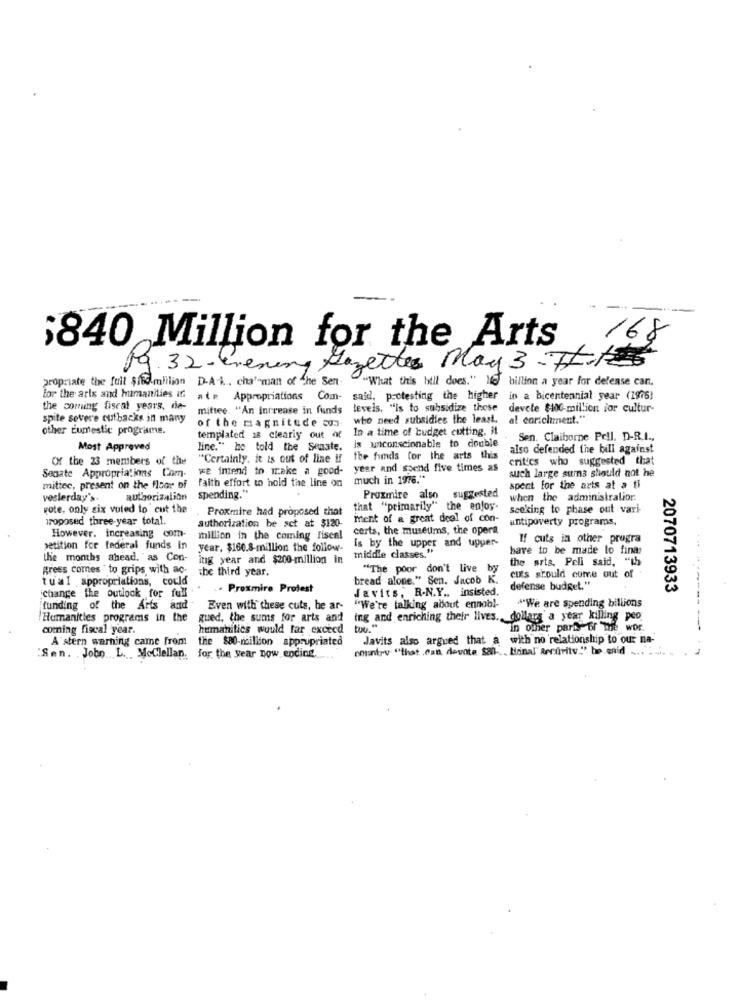
-
168
$840 Million for the Arts
19. 32- evening Gazettes May 3-711
propriate the full Sind million D-A-A. cha-man of The Sen ...
"What this hill does." Med bilion a year for delease can,
for the arts and humanities if
Appropriations
Com- said, protesting the higher in a bicentennial year (1976)
the coming fiscal years, de-
mittee. "An Increase in funds
levels. "is to subsidize these devete $100-million for cultur-
spite severe cutbacks in many
who need subsidies the least. al enrichment."
other cumestic programs.
of the magnitude con-
In a time of budget cutting. #
templated 18 clearly out of
Sen. Claiborne Pril. D-R.I .,
Most Approved
line." he told the Senate.
is unconscionable to double
also defended the bill against
OX the 23 members of the
"Certainly. it is out of line if
the funds for the arts this
critics who suggested that
we intend to make a good-
year and spend five times as
Segate Appropriations Com-
faith effort to hold the line on much in 1976."
such large sums should not he
mittec, present on the floor of
spent for the arts at a ti
vesterday's.
authorization
spending."
Proxmire also suggested
when the administralior.
vote, only six voted to cut the
Proxmire had proposed that
that "primarily" the enjoy-
seeking to phase out vari
proposed three-year total.
ment of a great deal of con-
untipoverty programs.
authorization be sct at $120-
certs, the museums, the opera
However, increasing com-
million in the coming Fiscal
is by the upper and upper-
If cuts in other progra
petition for federal funds in
year. $160.8-million the follow-
have to be made lo finas
the months ahead. "as Con-
ing year and $200-million in
middle classes."
the arts. Pell said, "th
gress comes " to grips with ac-
The third year.
"The poor don't Live by
tual appropriations, could
bread alone." Sen. Jacob K.
cuts should come out of
.. Proxmire Protest
Javits, R-N.Y .. insisted.
defense budget."
2070713933
change the outlook for full
-- ------
funding of the Arts and Even with these cuts, he ar-
"We're talking allout ennobl-
** We are spending billions
Humanities programs in the
gued, the sums for arts and ing and enriching their lives. dollars' a year killing peo
coming fiscal year.
humanitics would far exceed
in other party of The wor.
-
A'stern warning came from
the $80-million appropriated
Javits also argued that a with no relationship to our na-
country "that .can devote sol .. tiina!" Arrivitv."' be enid .... .
Sen. John L. MoClellan.
for the year now ending,